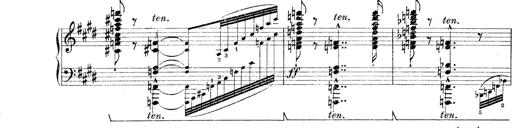
Title: Rapsodie: 19 ungheresi, 1 spagnuola
Composer: Franz Liszt